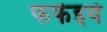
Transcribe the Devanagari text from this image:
फफ॑इये